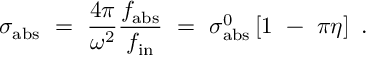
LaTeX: \sigma _ { \mathrm { a b s } } ~ = ~ { \frac { 4 \pi } { \omega ^ { 2 } } } { \frac { f _ { \mathrm { a b s } } } { f _ { \mathrm { i n } } } } ~ = ~ \sigma _ { \mathrm { a b s } } ^ { 0 } \left[ 1 ~ - ~ \pi \eta \right] ~ .